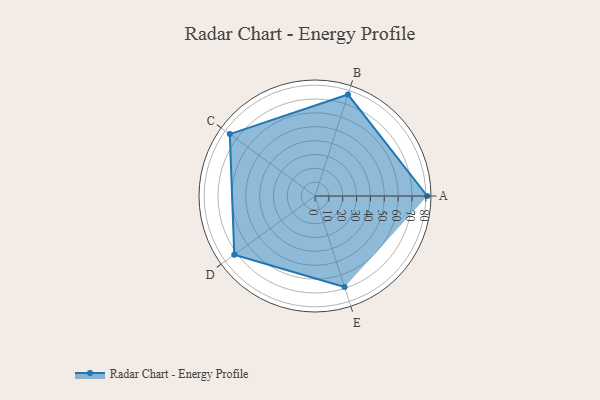
{"axis": {"x": "Skill", "y": "Score"}, "legend": ["Profile"], "data": [{"x": "A", "y": 81.0, "type": "Profile"}, {"x": "B", "y": 77.0, "type": "Profile"}, {"x": "C", "y": 76.0, "type": "Profile"}, {"x": "D", "y": 72.0, "type": "Profile"}, {"x": "E", "y": 69.0, "type": "Profile"}]}